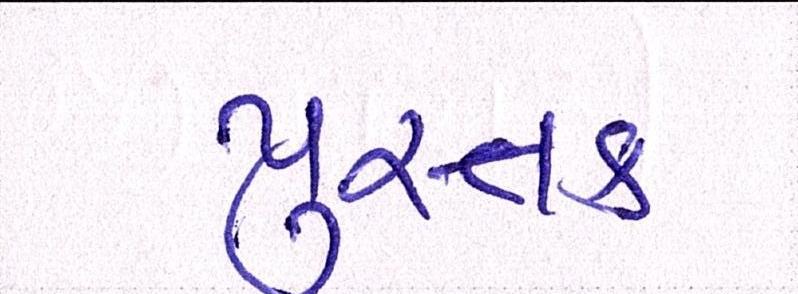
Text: પુસ્તક